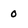
Character: O